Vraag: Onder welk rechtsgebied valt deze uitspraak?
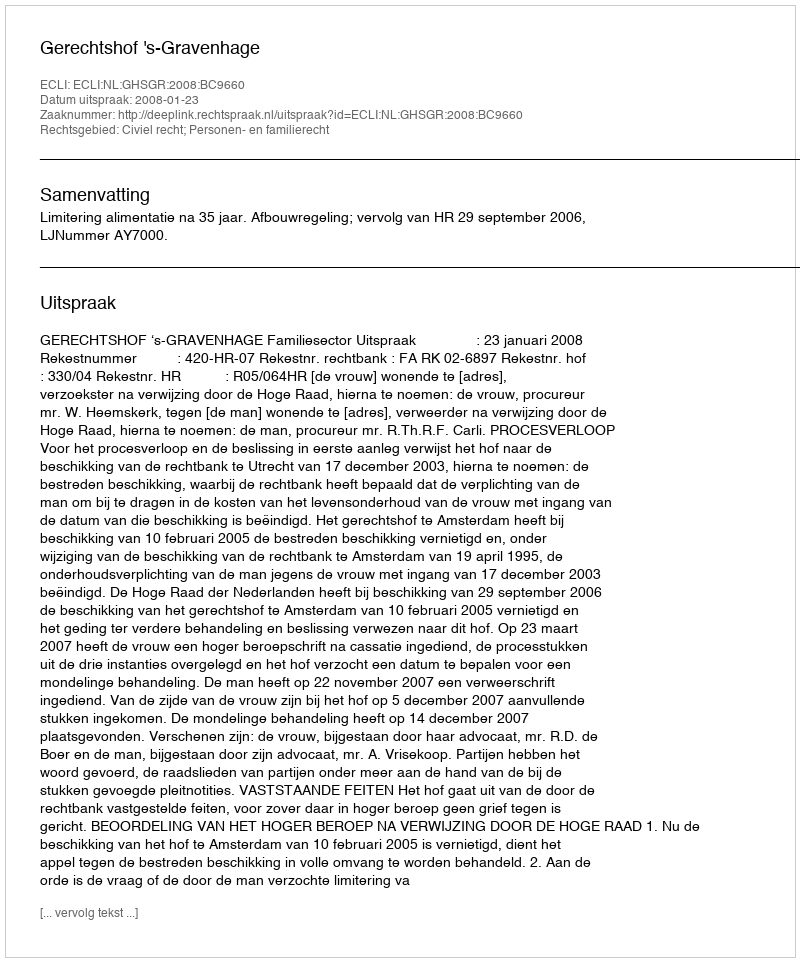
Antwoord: Civiel recht; Personen- en familierecht